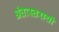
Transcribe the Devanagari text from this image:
अंतःस्तराची